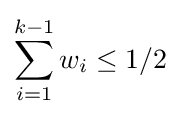
\sum _{i=1}^{k-1}w_{i}\leq 1/2